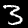
Label: 3